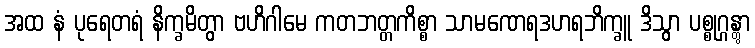
အထ နံ ပုရေတရံ နိက္ခမိတွာ ဗဟိဂါမေ ကတဘတ္တကိစ္စာ သာမဏေရဒဟရဘိက္ခူ ဒိသွာ ပစ္စုဂ္ဂန္တွာ